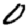
Digit: 0